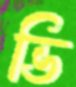
ভি